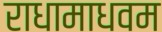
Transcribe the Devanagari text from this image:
राधामाधवम